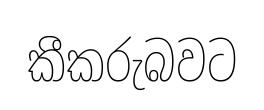
කීකරුබවට